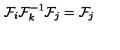
\mathcal { F } _ { i } \mathcal { F } _ { k } ^ { - 1 } \mathcal { F } _ { j } = \mathcal { F } _ { j }